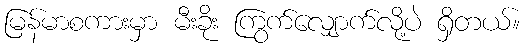
မြန်မာစကားမှာ မီးခိုး ကြွက်လျှောက်လို့ပဲ ရှိတယ်။